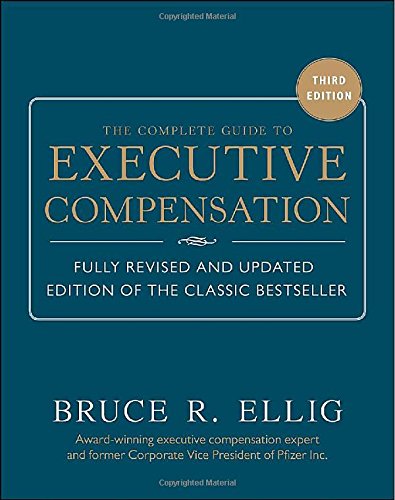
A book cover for The Complete Guide to Executive Compensation 3/E; Bruce Ellig; Reference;